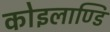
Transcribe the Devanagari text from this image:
कोइलाण्डि